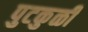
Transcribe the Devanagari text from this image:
पुटकुळी